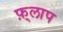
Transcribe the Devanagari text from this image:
फ़्लाप